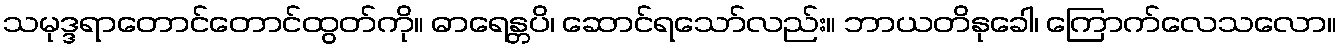
သမုဒ္ဒရာတောင်တောင်ထွတ်ကို။ ဓာရေန္တပိ၊ ဆောင်ရသော်လည်း။ ဘာယတိနုခေါ၊ ကြောက်လေသလော။